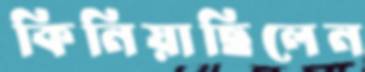
কিনিয়াছিলেন